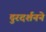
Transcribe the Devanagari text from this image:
दुरदर्शनने